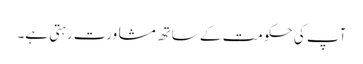
آپ کی حکومت کے ساتھ مشاورت رہتی ہے۔